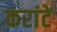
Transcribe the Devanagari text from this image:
करांटे